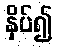
နှိပ်၍